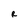
Character: R